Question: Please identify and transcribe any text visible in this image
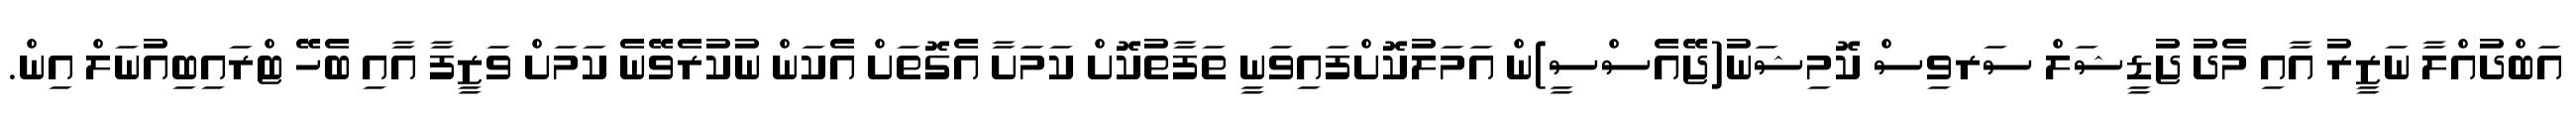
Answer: އަބްދުއްލާ ނަޒީރު އާއި މެދު ޖުޑީޝަލް ސަރވިސް ކޮމިޝަނު(ޖޭއެސްސީ)ން އަމަލުކޮށްފައިވަނީ ތަފާތުކޮށް ކަމަށާ އެގޮތަށް އެކަން ނުކުރެވޭނެ ކަމަށް ވަޒީފާ އާއި ބެހޭ ޓްރައިބިއުނަލް އިން.